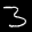
Label: 3